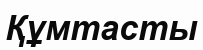
Құмтасты